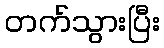
တက်သွားပြီး